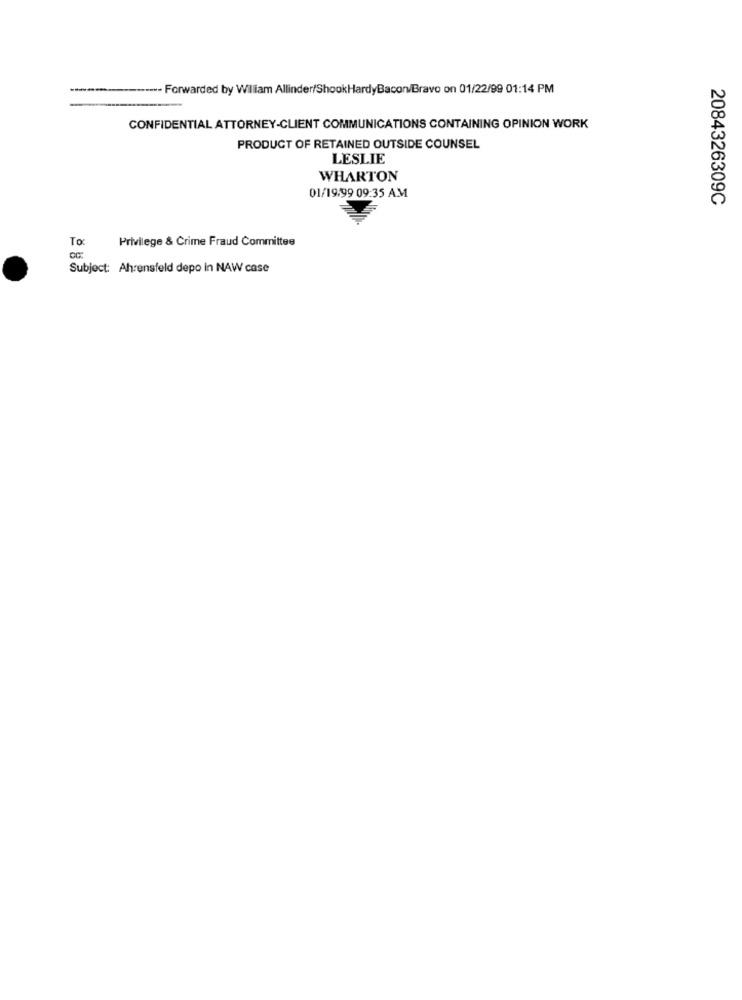
---- Forwarded by William Allinder/ShookHardyBacon/Bravo on 01/22/99 01:14 PM
CONFIDENTIAL ATTORNEY-CLIENT COMMUNICATIONS CONTAINING OPINION WORK
PRODUCT OF RETAINED OUTSIDE COUNSEL
LESLIE
WHARTON
01/19/99 09:35 AM
2084326309C
Privilege & Crime Fraud Committee
Subject: Ahrensfeld depo In NAW case